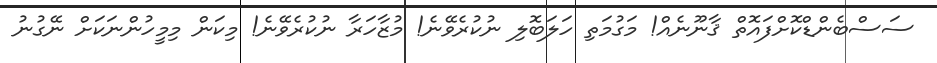
ސަސްބެންޑްކޮށްފައޮތް ޤާނޫނެއް! މަގުމަތި ހަލަބޮލި ނުކުރެވޭނެ! މުޒާހަރާ ނުކުރެވޭނެ! މިކަން މިމީހުންނަކަށް ނޭގުނު